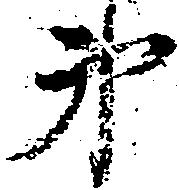
弟